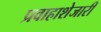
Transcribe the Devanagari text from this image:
प्रवाहाशेजारी